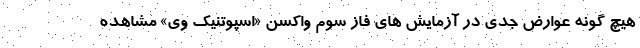
هیچ گونه عوارض جدی در آزمایش های فاز سوم واکسن «اسپوتنیک وی» مشاهده